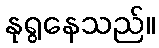
နုရွနေသည်။